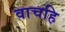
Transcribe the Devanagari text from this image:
वाचहि